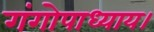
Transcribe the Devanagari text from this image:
गंगोपाध्याय।